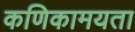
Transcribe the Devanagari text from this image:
कणिकामयता